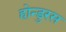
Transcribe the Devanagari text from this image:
होन्डुरस